Report on the bubonic plague in Bombay, 1896-1897
Year: 1896
Disease focus: Plague
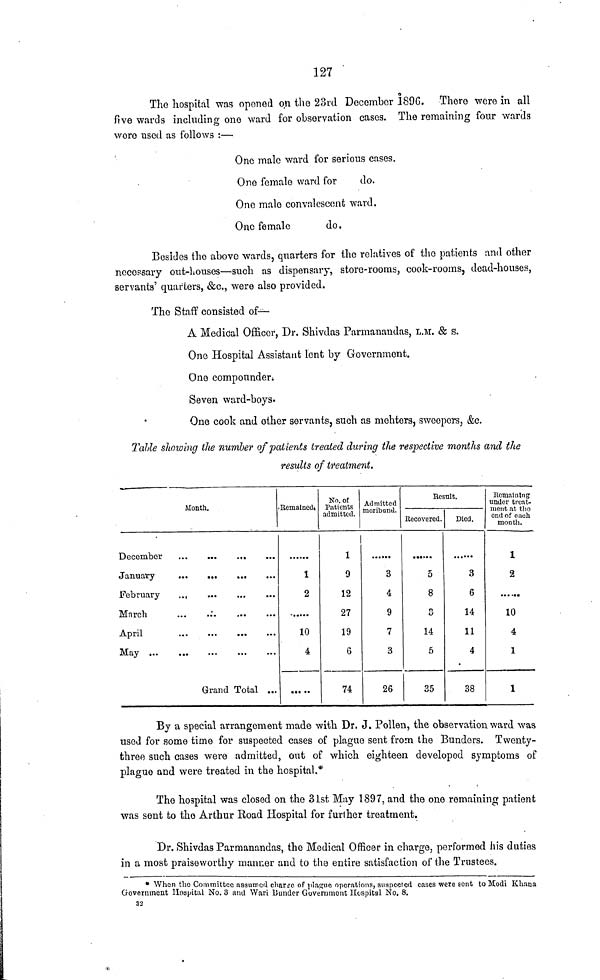
127
The hospital was oponed on the 23rd December 189G. There were in all
five wards including one ward for observation cases. The remaining four wards
were used as follows :—
One male ward for serious cases.
One female ward for
do.
One male convalescent ward.
One female
do.
Besides the above wards, quarters for the relatives of the patients and other
necessary out-houses—such as dispensary, store-rooms, cook-rooms, dead-houses,
servants' quarters, &c., were also provided.
The Staff consisted of—
A Medical Officer, Dr. Shivdas Parmanandas, L.M. & s.
One Hospital Assistant lent by Government.
One compounder.
Seven ward-boys.
One cook and other servants, such as mehters, sweepers, &c.
Talle showing the number of patients treated during the respective months and the
results of treatment.
Month.
March
...
...
...
...
May
Grand Total ...
Remained.
1
2
10
4
No. of
Patients
admitted.
1
9
12
27
19
6
74
Admitted
moribund.
3
4
9
7
3
26
Result.
Recovered.
5
8
3
14
5
35
Died.
3
6
14
11
4
38
Remaining
under treat-
ment at treat
end of each
month.
1
2
10
4
1
1
By a special arrangement made with Dr. J. Pollen, the observation ward was
used for some time for suspected cases of plague sent from the Bunders. Twenty-
three such cases were admitted, out of which eighteen developed symptoms of
plague and were treated in the hospital.
The hospital was closed on the 31st May 1897, and the one remaining patient
was sent to the Arthur Road Hospital for further treatment.
Dr. Shivdas Parmanandas, the Medical Officer in charge, performed his duties
in a most praiseworthy manner and to the entire satisfaction of the Trustees.
When the Committee assumed charge of plague operations, suspected cases were sent to Modi Khana
Government Hospital No. 3 and Wari Bunder Government Hospital No. 8.
32